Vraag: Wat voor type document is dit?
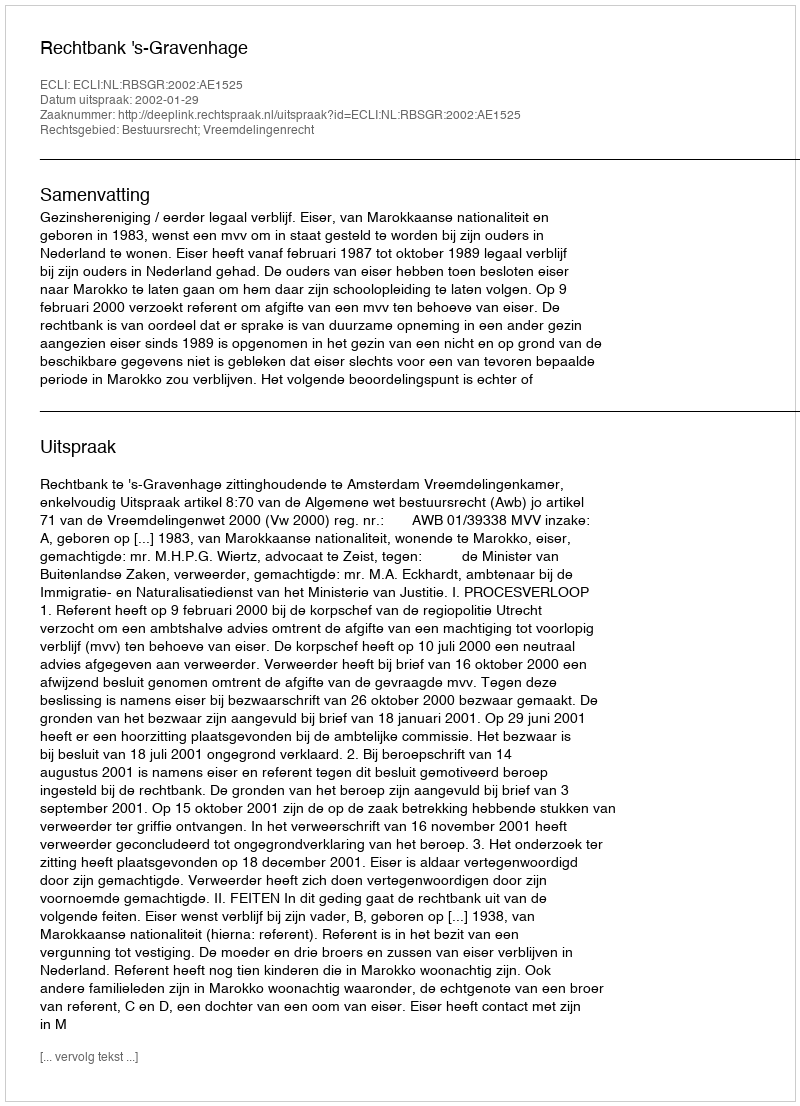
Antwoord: Uitspraak